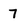
Character: 7